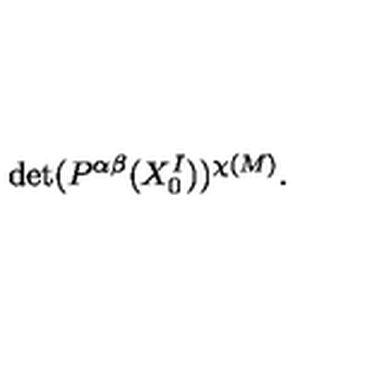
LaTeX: \mathrm { d e t } ( P ^ { \alpha \beta } ( X _ { 0 } ^ { I } ) ) ^ { \chi ( M ) } .